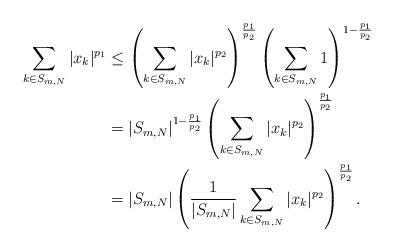
LaTeX: \begin{align*}\sum_{k\in S_{m,N}} |x_k|^{p_1} &\leq \left(\sum_{k\in S_{m,N}} |x_k|^{p_2}\right)^\frac{p_1}{p_2} \left(\sum_{k\in S_{m,N}} 1\right)^{1-\frac{p_1}{p_2}}\\&= |S_{m,N}|^{1-\frac{p_1}{p_2}} \left(\sum_{k\in S_{m,N}} |x_k|^{p_2}\right)^\frac{p_1}{p_2}\\&= |S_{m,N}|\left(\frac{1}{|S_{m,N}|}\sum_{k\in S_{m,N}}|x_k|^{p_2}\right)^\frac{p_1}{p_2}.\end{align*}